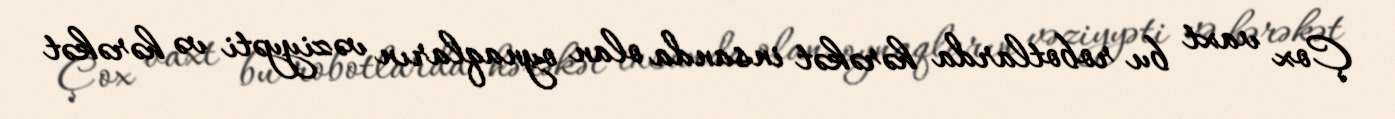
Çox vaxt bu robotlarda hərəkət insanda olan oynaqların vəziyyəti və hərəkət